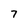
Character: 7